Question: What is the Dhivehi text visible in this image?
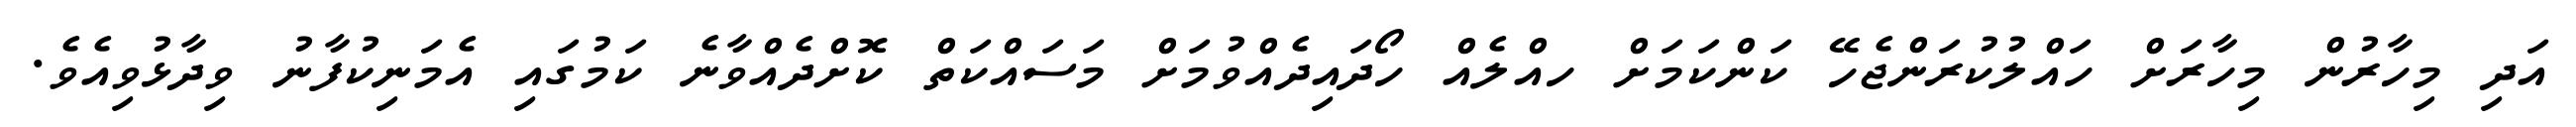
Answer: އަދި މިހާރުން މިހާރަށް ހައްލުކުރަންޖެހޭ ކަންކަމަށް ހއްލެއް ހޯދައިދެއްވުމަށް މަސައްކަތް ކޮށްދެއްވާނެ ކަމުގައި އެމަނިކުފާނު ވިދާޅުވިއެވެ.